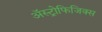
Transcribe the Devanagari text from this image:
अॅस्ट्रोफिजिक्स